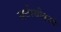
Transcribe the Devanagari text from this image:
सर्वस्वीकार्य